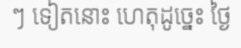
ៗ ទៀតនោះ ហេតុដូច្នេះ ថ្ងៃ